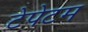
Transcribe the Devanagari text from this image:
टेपेटम